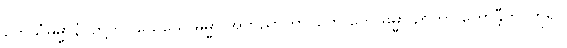
တေသံဓမ္မာနံ၊ တို့ကို။ ယေယေ ဓမ္မာ အဘိညာတာ၊ တေ တေ ဓမ္မာ ဉာတာ ဟောန္တီတိ၊ ဟူ၍။